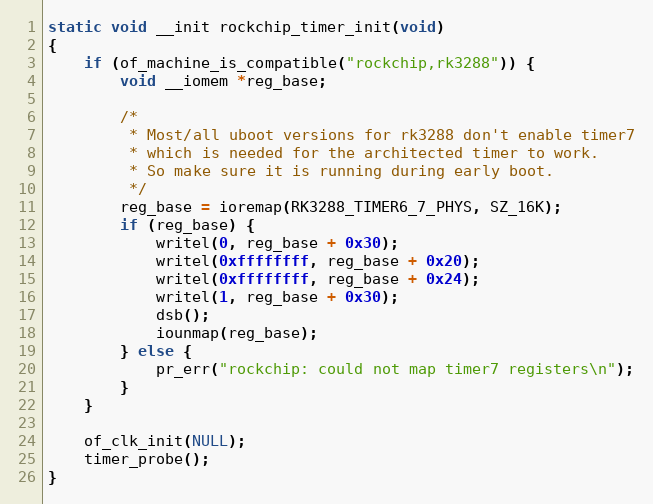
Language: C
static void __init rockchip_timer_init(void)
{
	if (of_machine_is_compatible("rockchip,rk3288")) {
		void __iomem *reg_base;

		/*
		 * Most/all uboot versions for rk3288 don't enable timer7
		 * which is needed for the architected timer to work.
		 * So make sure it is running during early boot.
		 */
		reg_base = ioremap(RK3288_TIMER6_7_PHYS, SZ_16K);
		if (reg_base) {
			writel(0, reg_base + 0x30);
			writel(0xffffffff, reg_base + 0x20);
			writel(0xffffffff, reg_base + 0x24);
			writel(1, reg_base + 0x30);
			dsb();
			iounmap(reg_base);
		} else {
			pr_err("rockchip: could not map timer7 registers\n");
		}
	}

	of_clk_init(NULL);
	timer_probe();
}